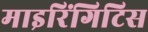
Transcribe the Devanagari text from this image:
माइरिंगिटिस